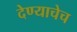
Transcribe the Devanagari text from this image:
देण्याचेच